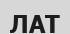
ЛАТ